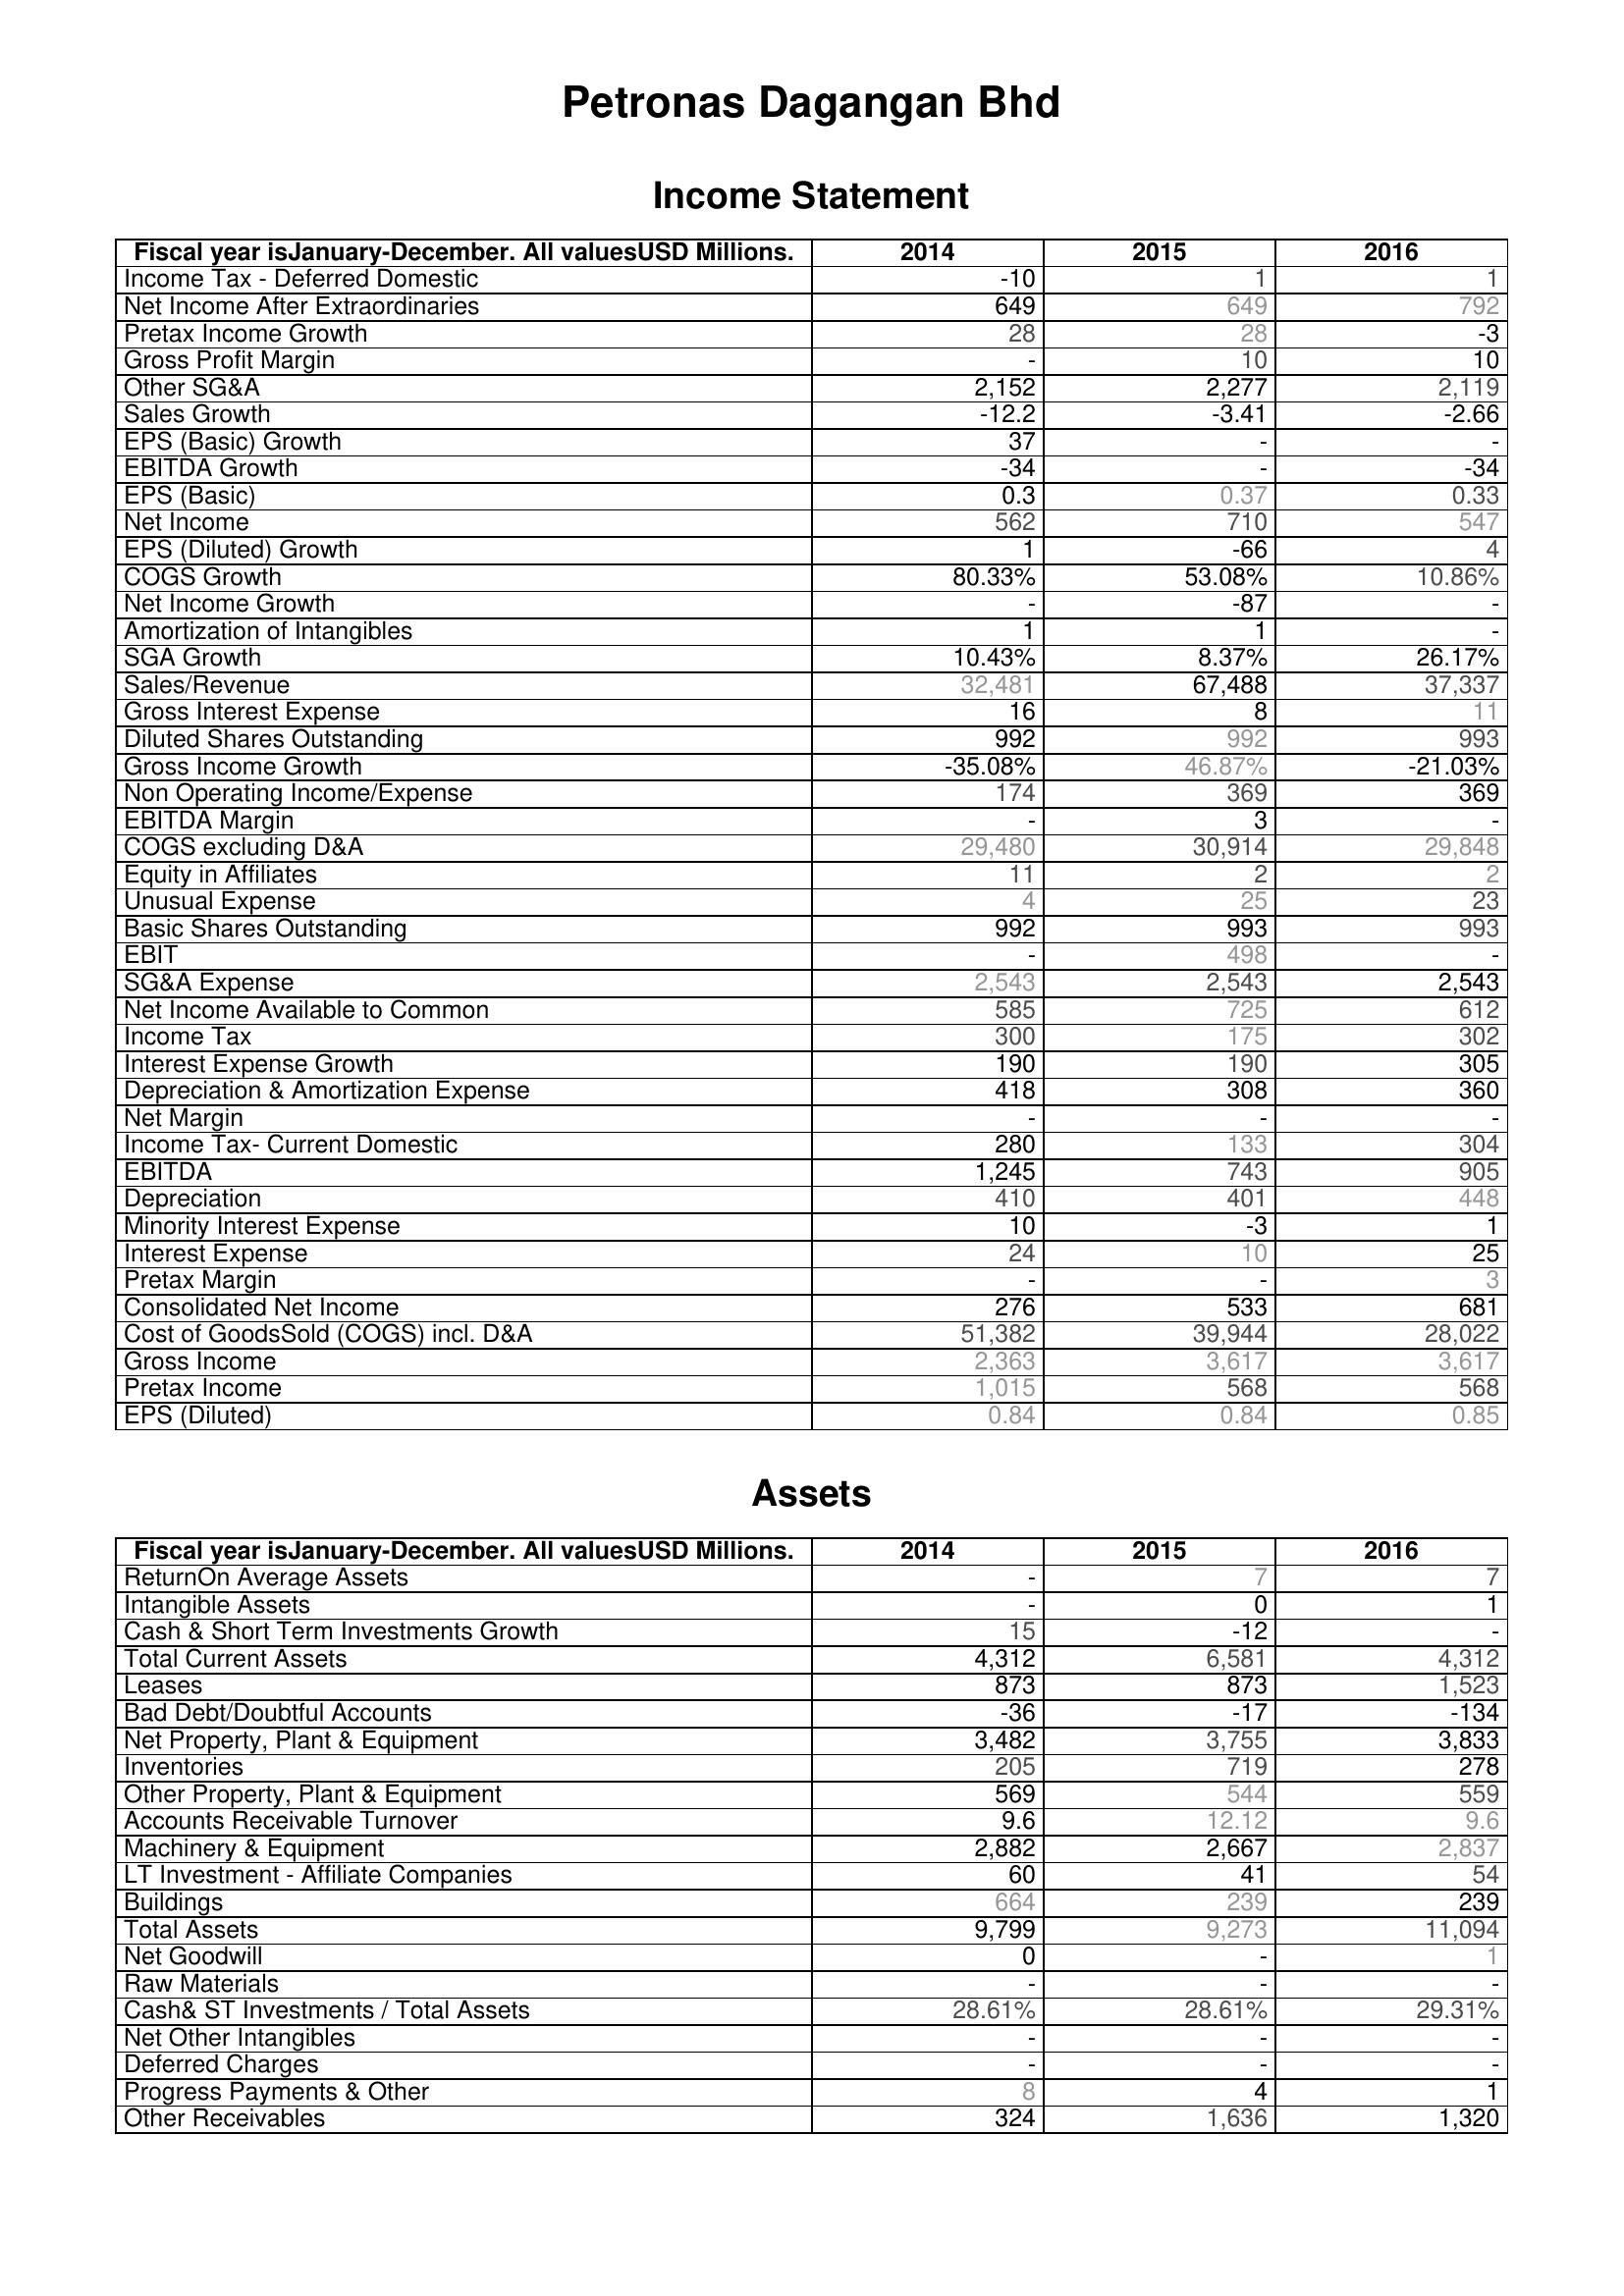
2014: Income Statement: Income Tax - Deferred Domestic: -10
Net Income After Extraordinaries: 649
Pretax Income Growth: 28
Gross Profit Margin: -
Other SG&A: 2,152
Sales Growth: -12.2
EPS (Basic) Growth: 37
EBITDA Growth: -34
EPS (Basic): 0.3
Net Income: 562
EPS (Diluted) Growth: 1
COGS Growth: 80.33%
Net Income Growth: -
Amortization of Intangibles: 1
SGA Growth: 10.43%
Sales/Revenue: 32,481
Gross Interest Expense: 16
Diluted Shares Outstanding: 992
Gross Income Growth: -35.08%
Non Operating Income/Expense: 174
EBITDA Margin: -
COGS excluding D&A: 29,480
Equity in Affiliates: 11
Unusual Expense: 4
Basic Shares Outstanding: 992
EBIT: -
SG&A Expense: 2,543
Net Income Available to Common: 585
Income Tax: 300
Interest Expense Growth: 190
Depreciation & Amortization Expense: 418
Net Margin: -
Income Tax- Current Domestic: 280
EBITDA: 1,245
Depreciation: 410
Minority Interest Expense: 10
Interest Expense: 24
Pretax Margin: -
Consolidated Net Income: 276
Cost of GoodsSold (COGS) incl. D&A: 51,382
Gross Income: 2,363
Pretax Income: 1,015
EPS (Diluted): 0.84
Assets: ReturnOn Average Assets: -
Intangible Assets: -
Cash & Short Term Investments Growth: 15
Total Current Assets: 4,312
Leases: 873
Bad Debt/Doubtful Accounts: -36
Net Property, Plant & Equipment: 3,482
Inventories: 205
Other Property, Plant & Equipment: 569
Accounts Receivable Turnover: 9.6
Machinery & Equipment: 2,882
LT Investment - Affiliate Companies: 60
Buildings: 664
Total Assets: 9,799
Net Goodwill: 0
Raw Materials: -
Cash& ST Investments / Total Assets: 28.61%
Net Other Intangibles: -
Deferred Charges: -
Progress Payments & Other: 8
Other Receivables: 324
2015: Income Statement: Income Tax - Deferred Domestic: 1
Net Income After Extraordinaries: 649
Pretax Income Growth: 28
Gross Profit Margin: 10
Other SG&A: 2,277
Sales Growth: -3.41
EPS (Basic) Growth: -
EBITDA Growth: -
EPS (Basic): 0.37
Net Income: 710
EPS (Diluted) Growth: -66
COGS Growth: 53.08%
Net Income Growth: -87
Amortization of Intangibles: 1
SGA Growth: 8.37%
Sales/Revenue: 67,488
Gross Interest Expense: 8
Diluted Shares Outstanding: 992
Gross Income Growth: 46.87%
Non Operating Income/Expense: 369
EBITDA Margin: 3
COGS excluding D&A: 30,914
Equity in Affiliates: 2
Unusual Expense: 25
Basic Shares Outstanding: 993
EBIT: 498
SG&A Expense: 2,543
Net Income Available to Common: 725
Income Tax: 175
Interest Expense Growth: 190
Depreciation & Amortization Expense: 308
Net Margin: -
Income Tax- Current Domestic: 133
EBITDA: 743
Depreciation: 401
Minority Interest Expense: -3
Interest Expense: 10
Pretax Margin: -
Consolidated Net Income: 533
Cost of GoodsSold (COGS) incl. D&A: 39,944
Gross Income: 3,617
Pretax Income: 568
EPS (Diluted): 0.84
Assets: ReturnOn Average Assets: 7
Intangible Assets: 0
Cash & Short Term Investments Growth: -12
Total Current Assets: 6,581
Leases: 873
Bad Debt/Doubtful Accounts: -17
Net Property, Plant & Equipment: 3,755
Inventories: 719
Other Property, Plant & Equipment: 544
Accounts Receivable Turnover: 12.12
Machinery & Equipment: 2,667
LT Investment - Affiliate Companies: 41
Buildings: 239
Total Assets: 9,273
Net Goodwill: -
Raw Materials: -
Cash& ST Investments / Total Assets: 28.61%
Net Other Intangibles: -
Deferred Charges: -
Progress Payments & Other: 4
Other Receivables: 1,636
2016: Income Statement: Income Tax - Deferred Domestic: 1
Net Income After Extraordinaries: 792
Pretax Income Growth: -3
Gross Profit Margin: 10
Other SG&A: 2,119
Sales Growth: -2.66
EPS (Basic) Growth: -
EBITDA Growth: -34
EPS (Basic): 0.33
Net Income: 547
EPS (Diluted) Growth: 4
COGS Growth: 10.86%
Net Income Growth: -
Amortization of Intangibles: -
SGA Growth: 26.17%
Sales/Revenue: 37,337
Gross Interest Expense: 11
Diluted Shares Outstanding: 993
Gross Income Growth: -21.03%
Non Operating Income/Expense: 369
EBITDA Margin: -
COGS excluding D&A: 29,848
Equity in Affiliates: 2
Unusual Expense: 23
Basic Shares Outstanding: 993
EBIT: -
SG&A Expense: 2,543
Net Income Available to Common: 612
Income Tax: 302
Interest Expense Growth: 305
Depreciation & Amortization Expense: 360
Net Margin: -
Income Tax- Current Domestic: 304
EBITDA: 905
Depreciation: 448
Minority Interest Expense: 1
Interest Expense: 25
Pretax Margin: 3
Consolidated Net Income: 681
Cost of GoodsSold (COGS) incl. D&A: 28,022
Gross Income: 3,617
Pretax Income: 568
EPS (Diluted): 0.85
Assets: ReturnOn Average Assets: 7
Intangible Assets: 1
Cash & Short Term Investments Growth: -
Total Current Assets: 4,312
Leases: 1,523
Bad Debt/Doubtful Accounts: -134
Net Property, Plant & Equipment: 3,833
Inventories: 278
Other Property, Plant & Equipment: 559
Accounts Receivable Turnover: 9.6
Machinery & Equipment: 2,837
LT Investment - Affiliate Companies: 54
Buildings: 239
Total Assets: 11,094
Net Goodwill: 1
Raw Materials: -
Cash& ST Investments / Total Assets: 29.31%
Net Other Intangibles: -
Deferred Charges: -
Progress Payments & Other: 1
Other Receivables: 1,320